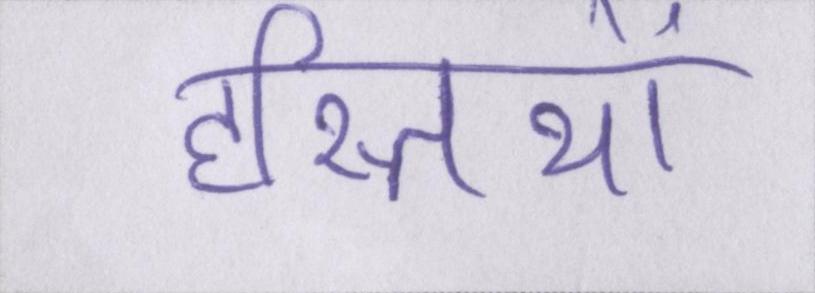
हस्तियों